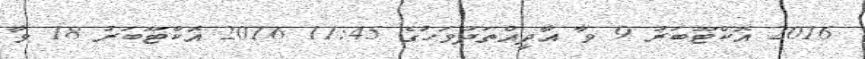
2016 އޮކްޓޫބަރު 9 ވާ އާދީއްތަދުވަހުގެ 11:45 2016 އޮކްޓޫބަރު 18 ވާ